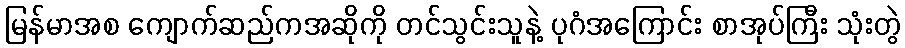
မြန်မာအစ ကျောက်ဆည်ကအဆိုကို တင်သွင်းသူနဲ့ ပုဂံအကြောင်း စာအုပ်ကြီး သုံးတွဲ